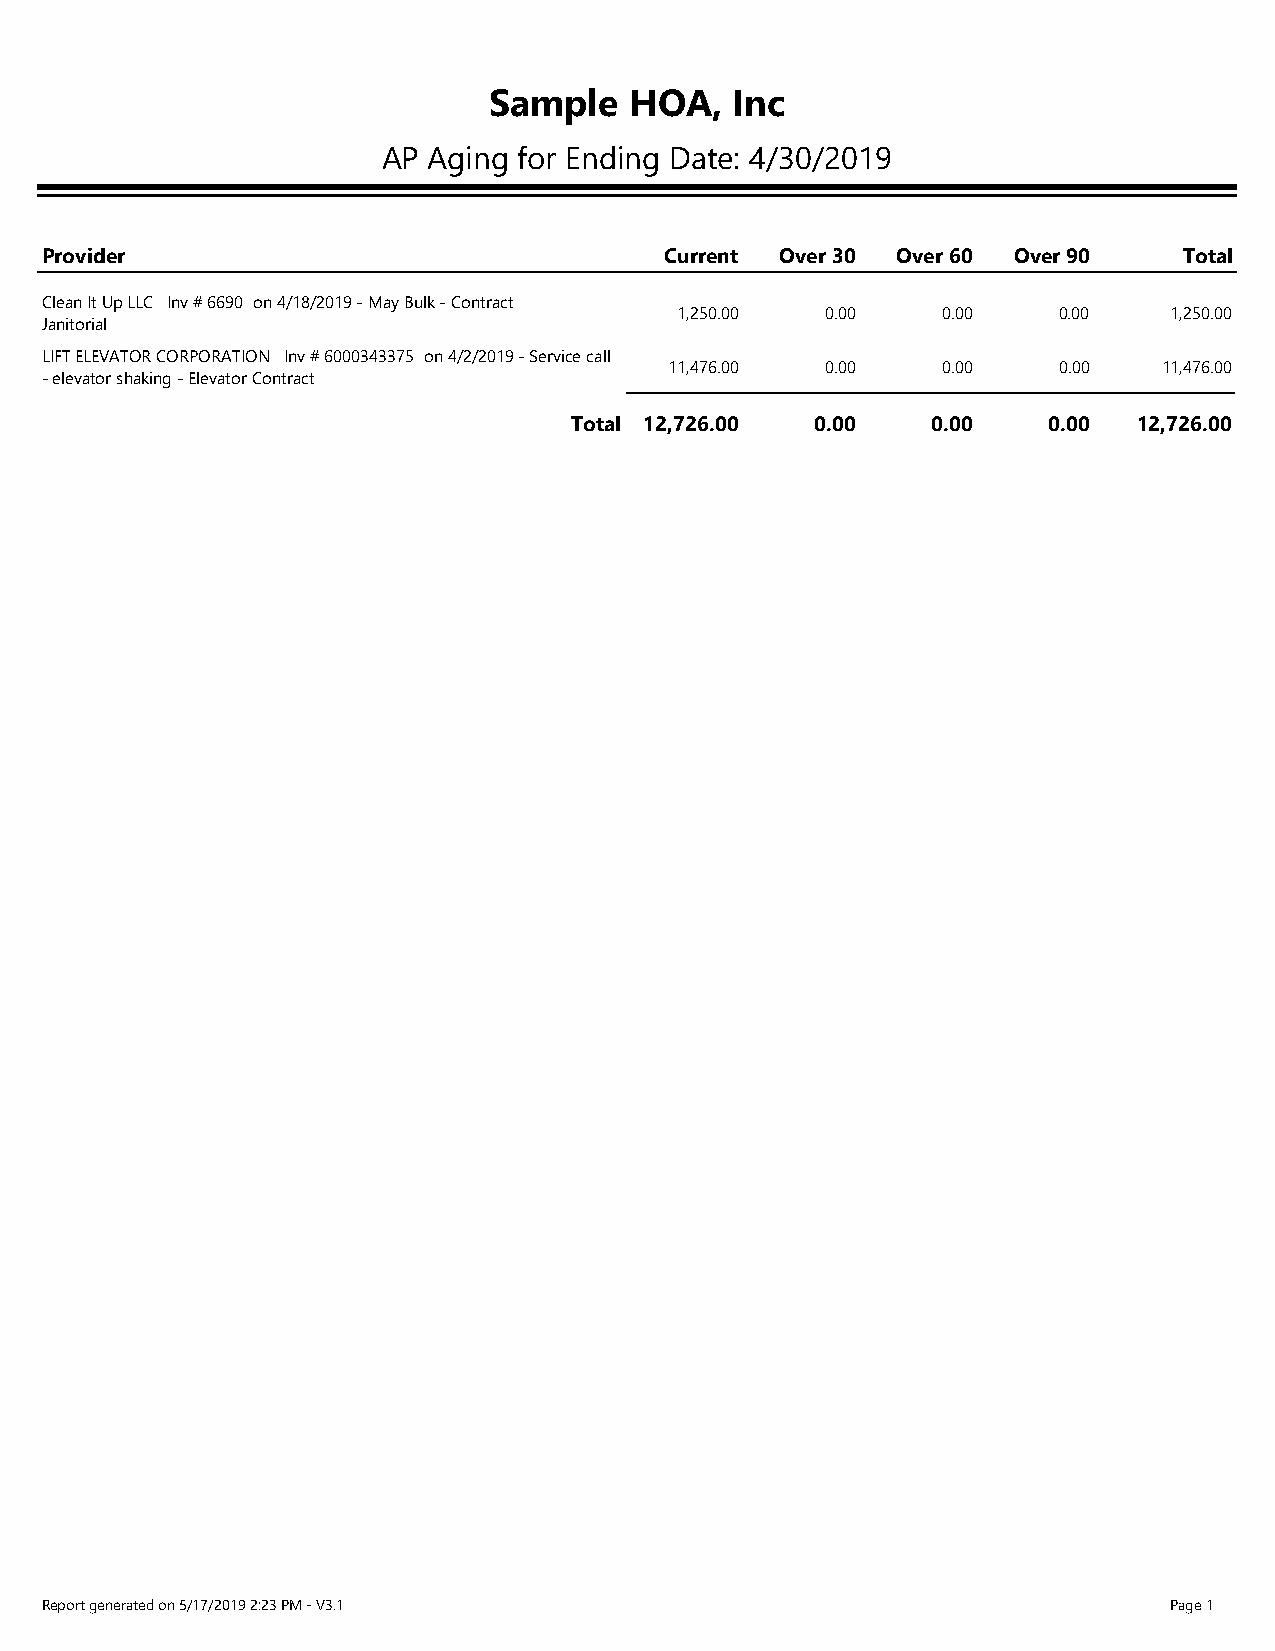
, Inc
 Sample    HOA
 AP Aging for Ending Date: 4/30/2019
 Provider                                 Current Over 30 Over 60 Over 90   Total
 Clean It Up LLC Inv # 6690 on 4/18/2019 - May Bulk - Contract
 1,250.00  0.00   0.00    0.00    1,250.00
 Janitorial
 LIFT ELEVATOR CORPORATION Inv # 6000343375 on 4/2/2019 - Service call
 11,476.00  0.00   0.00    0.00   11,476.00
 - elevator shaking - Elevator Contract
 Total 12,726.00 0.00    0.00   0.00  12,726.00
 Report generated on 5/17/2019 2:23 PM - V3.1                              Page 1